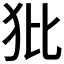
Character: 𤜻